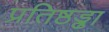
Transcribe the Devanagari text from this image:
प्रतिष्ठड्ढा